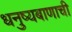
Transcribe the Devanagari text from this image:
धनुष्यबाणाची